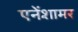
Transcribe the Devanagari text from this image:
एनेंशामर